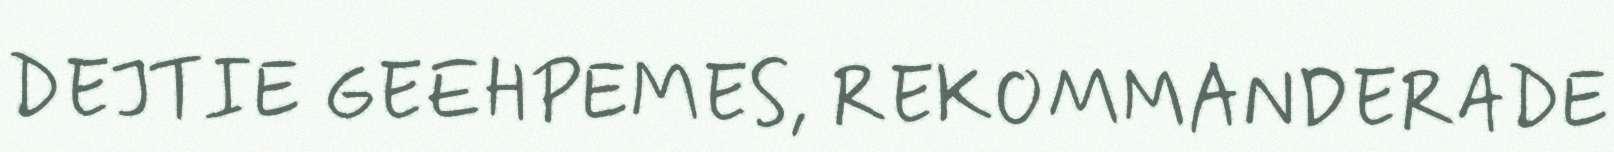
DEJTIE GEEHPEMES, REKOMMANDERADE